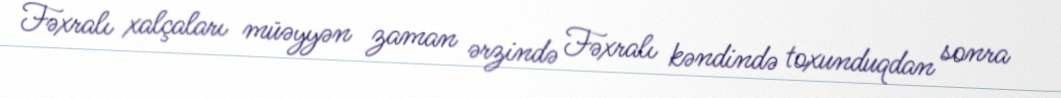
Fəxralı xalçaları müəyyən zaman ərzində Fəxralı kəndində toxunduqdan sonra